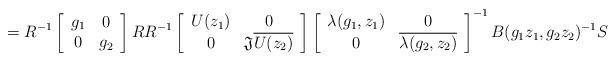
LaTeX: \begin{align*}=R^{-1}\left[\begin{array}{cc}g_1 & 0\\0 & g_2\end{array}\right]RR^{-1}\left[\begin{array}{cc}U(z_1) & 0\\0 & \mathfrak{J}\overline{U(z_2)}\end{array}\right]\left[\begin{array}{cc}\lambda(g_1,z_1) & 0\\0 & \overline{\lambda(g_2,z_2)}\end{array}\right]^{-1}B(g_1z_1,g_2z_2)^{-1}S\end{align*}